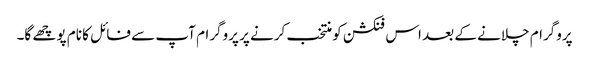
پروگرام چلانے کے بعد اس فنکشن کو منتخب کرنے پر پروگرام آپ سے فائل کا نام پوچھے گا۔